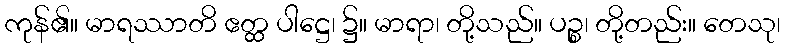
ကုန်၏။ မာရဿာတိ ဧတ္ထ ပါဋ္ဌေ၊ ၌။ မာရာ၊ တို့သည်။ ပဉ္စ၊ တို့တည်း။ တေသု၊